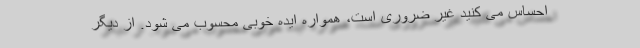
احساس می کنید غیر ضروری است، همواره ایده خوبی محسوب می شود. از دیگر